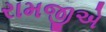
રામજીએ